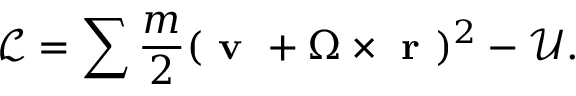
\mathcal { L } = \sum \frac { m } { 2 } ( \textbf { v } + \Omega \times \textbf { r } ) ^ { 2 } - \mathcal { U } .